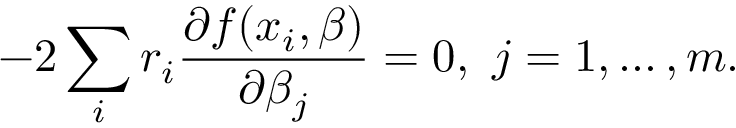
- 2 \sum _ { i } r _ { i } { \frac { \partial f ( x _ { i } , { \boldsymbol { \beta } } ) } { \partial \beta _ { j } } } = 0 , \ j = 1 , \ldots , m .